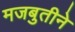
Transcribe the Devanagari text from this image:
मजबुतीने